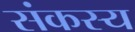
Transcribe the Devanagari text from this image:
संकस्य